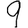
Digit: 9